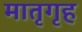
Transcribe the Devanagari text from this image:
मातृगृह